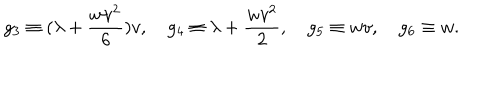
g _ { 3 } \equiv ( \lambda + \frac { w v ^ { 2 } } { 6 } ) v , \quad g _ { 4 } \equiv \lambda + \frac { w v ^ { 2 } } { 2 } , \quad g _ { 5 } \equiv w v , \quad g _ { 6 } \equiv w .